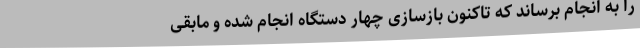
را به انجام برساند که تاکنون بازسازی چهار دستگاه انجام شده و مابقی